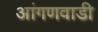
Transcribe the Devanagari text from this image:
आंगणवाडी